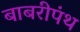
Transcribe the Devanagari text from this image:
बाबरीपंथ